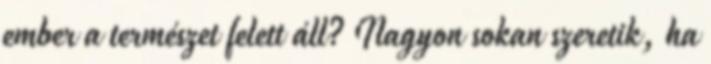
ember a természet felett áll? Nagyon sokan szeretik, ha